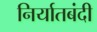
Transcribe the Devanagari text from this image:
निर्यातबंदी